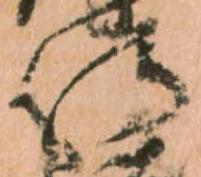
侍